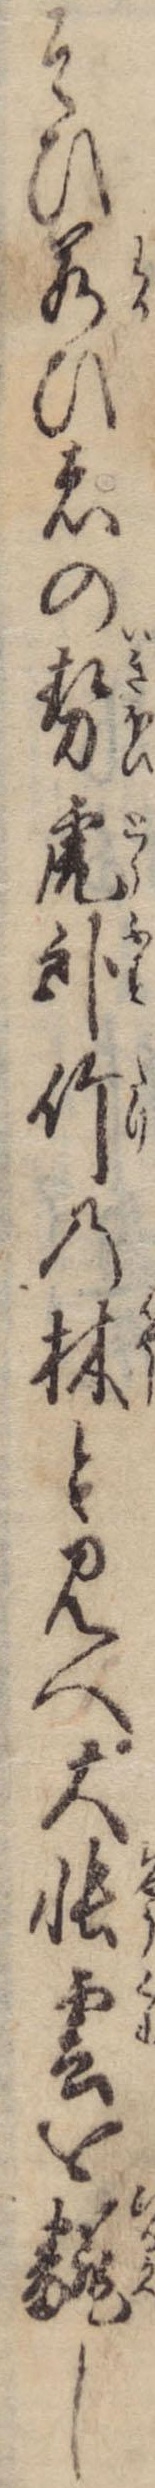
そひ若ひ者の勢虎臥竹の林と見へ大帳雲を翻し